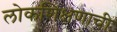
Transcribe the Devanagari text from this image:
लोकशिक्षणाची